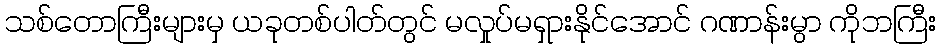
သစ်တောကြီးများမှ ယခုတစ်ပါတ်တွင် မလှုပ်မရှားနိုင်အောင် ဂဏာန်းမွာ ကိုဘကြီး